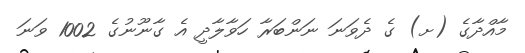
މާއްދާގެ (ށ) ގެ ދެވަނަ ނަންބަރާ ހަވާލާދީ އެ ގާނޫނުގެ 1002 ވަނަ